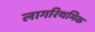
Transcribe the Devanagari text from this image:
लागरिथमिक